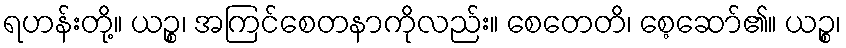
ရဟန်းတို့။ ယဉ္စ၊ အကြင်စေတနာကိုလည်း။ စေတေတိ၊ စေ့ဆော်၏။ ယဉ္စ၊